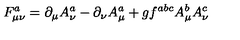
F _ { \mu \nu } ^ { a } = \partial _ { \mu } A _ { \nu } ^ { a } - \partial _ { \nu } A _ { \mu } ^ { a } + g f ^ { a b c } A _ { \mu } ^ { b } A _ { \nu } ^ { c }